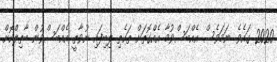
2020 ގައެވެ. ނަމަވެސް އެއްބަސްވުމާ އެއްގޮތަށް ތަކެތި ލިބިފައި ނުވާތީ އެއްބަސްވުން ބާތިލްކޮށް